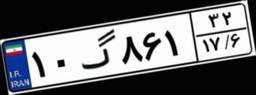
۱۰گ۸۶۱۳۲